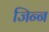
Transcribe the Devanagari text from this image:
जिन्‍न